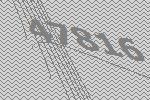
47816